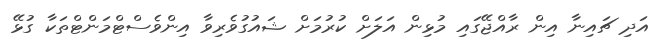
އަދި ޗައިނާ އިން ރާއްޖޭގައި މުޅިން އަލަށް ކުރުމަށް ޝައުގުވެރިވާ އިންވެސްޓްމަންޓްތަކާ ގުޅޭ